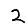
Digit: 2